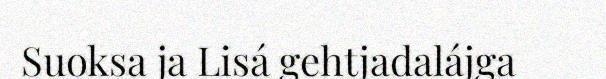
Suoksa ja Lisá gehtjadalájga